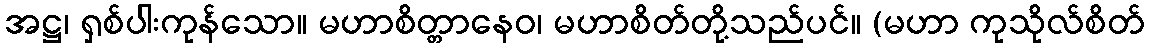
အဋ္ဌ၊ ရှစ်ပါးကုန်သော။ မဟာစိတ္တာနေဝ၊ မဟာစိတ်တို့သည်ပင်။ (မဟာ ကုသိုလ်စိတ်